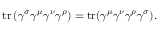
\operatorname { t r } \left( \gamma ^ { \sigma } \gamma ^ { \mu } \gamma ^ { \nu } \gamma ^ { \rho } \right) = \operatorname { t r } ( \gamma ^ { \mu } \gamma ^ { \nu } \gamma ^ { \rho } \gamma ^ { \sigma } ) .